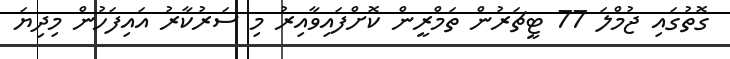
ގޮތުގައި ޖުމްލަ 77 ޓީޗަރުން ތަމްރީން ކޮށްފައިވާއިރު މި ސަރުކާރު އައިފަހުން މިދިޔަ